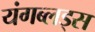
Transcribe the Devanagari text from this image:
यंगब्लड्स